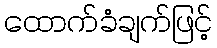
ထောက်ခံချက်ဖြင့်